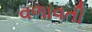
વળાવતી